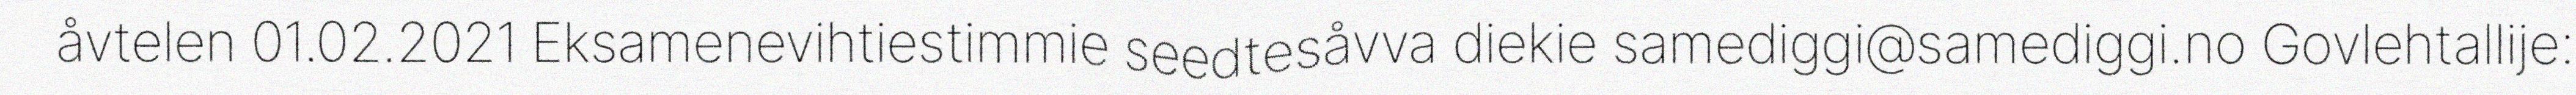
åvtelen 01.02.2021 Eksamenevihtiestimmie seedtesåvva diekie samediggi@samediggi.no Govlehtallije: